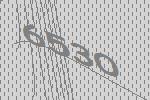
6530